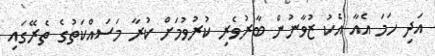
އަދި ހަމަ އެއާ އެކު ޒުވާނުން ބާރުވެރި ކުރުވުމަށް ކުރާ މަސައްކަތުގެ ތެރޭގައި